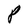
Character: P